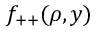
f _ { + + } ( \rho , y )